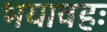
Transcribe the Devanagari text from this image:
भयावहः